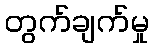
တွက်ချက်မှု